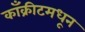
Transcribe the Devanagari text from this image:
काँक्रीटमधून